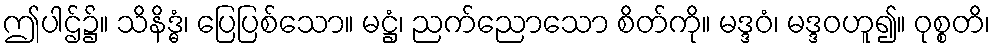
ဤပါဌ်၌။ သိနိဒ္ဓံ၊ ပြေပြစ်သော။ မဋ္ဌံ၊ ညက်ညောသော စိတ်ကို။ မဒ္ဒဝံ၊ မဒ္ဒဝဟူ၍။ ဝုစ္စတိ၊